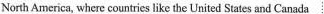
North America, where countries like the United States and Canada